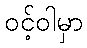
ဝင့်ဝါမှာ